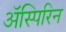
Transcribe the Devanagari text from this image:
अॅस्पिरिन